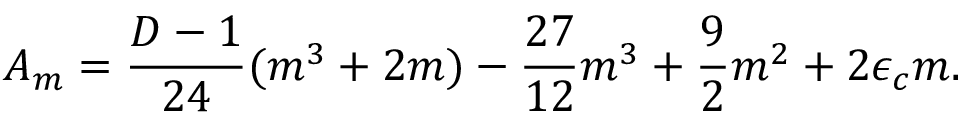
A _ { m } = \frac { D - 1 } { 2 4 } ( m ^ { 3 } + 2 m ) - \frac { 2 7 } { 1 2 } m ^ { 3 } + \frac { 9 } { 2 } m ^ { 2 } + 2 \epsilon _ { c } m .